Annual statistical returns and brief notes on vaccination in Bengal - 1887-1898
Year: 1887
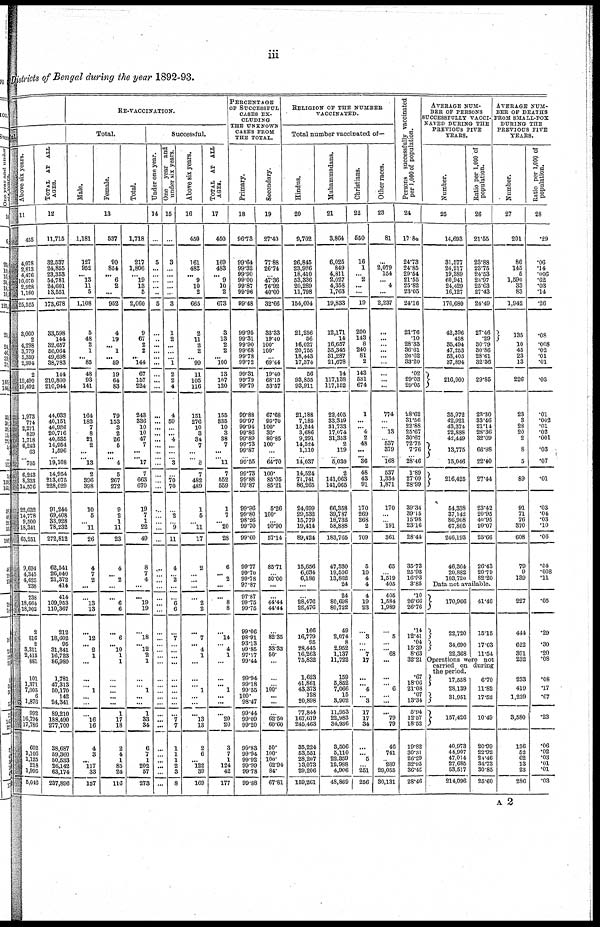
iii
Districts of Bengal during the year 1892-93.
ful.
Above six years.
11
455
4,078
2,813
4,476
10,070
2,928
1,160
25,525
3,060
2
4,298
3,779
5,359
2,994
2
19,490
19,492
1,973
774
2,271
829
1,718
6,243
63
... 705
6,243
8,333
14,576
22,632
14,778
9,500
18,341
65,251
9,694
4,345
4,625
238
238
18,664
18,902
2
816
2
3,311
2,415
881
101
1,371
7,005
6
1,876
992
16,794
17,786
602
1,106
1,125
218
1,995
5,046
TOTAL AT ALL
AGES.
12
11,715
32,537
24,855
23,353
54,781
24,601
13,551
173,678
33,598
144
32,657
56,064
49,698
38,783
144
210,800
210,944
44,033
40,151
46,936
20,716
40,535
14,954
1,596
... 19,108
14,954
213,075
228,029
91,244
69,408
33,928
78,232
272,812
62,541
26,040
21,372
414
414
109,953
110,367
212
18,602
95
31,341
16,723
86,980
1,781
47,313
50,170
142
24,341
89,210
188,490
277,700
38,687
59,360
50,533
26,142
63,174
237,896
RE-VACCINATION.
Total.
Male.
Female.
Total.
13
1,181
127
952
... 13
11
5
1,108
5
48
2
1
... 85
48
93
141
164
183
7
8
21
2
...
... 13
2
396
398
10
5
...
11
26
4
7
2
...
...
13
13
...
12
... 2
1
...
...
... 1
... ...
...
16
16
4
3
... 117
33
157
537
90
854
... 6
2
...
952
4
19
... 1
...
59
19
64
83
79
153
3
2
26
5
...
... 4
5
267
272
9
2
1
11
23
4
... 2
...
...
6
6
...
6
... 10
1
1
...
...
...
... ...
1
17
18
2
4
1
85
24
116
1,718
217
1,806
... 19
13
6
2,060
9
67
2
2
... 144
67
157
224
243
336
10
10
47
7
...
... 17
7
663
670
19
7
1
22
49
8
7
4
...
...
19
19
...
18
... 12
2
1
...
... 1
... ...
1
33
34
6
7
1
202
57
273
Successful.
Under one year.
14
...
5
...
...
...
... ...
5
...
...
...
... ...
...
...
...
...
...
...
...
...
...
...
...
... ...
...
... ...
...
...
...
...
...
...
...
...
...
...
...
...
...
...
...
...
...
...
...
...
...
... ...
...
...
...
...
...
... ...
...
...
One year and
under six years.
15
...
3
...
...
... ...
...
3
1
2
...
...
... 1
2
2
4
4
59
...
... 4
...
...
... 3
...
70
70
...
2
... 9
11
4
... 2
...
...
6
6
...
7
...
...
... ...
...
...
...
... ...
...
7
7
1
1
1
2
3
8
Above six years.
16
450
161
483
... 9
10
2
665
2
11
2
2
... 99
11
105
116
151
276
10
3
34
7
...
... 8
7
482
489
1
5
... 11
17
2
... ...
...
...
2
2
...
7
... 4
1
...
... ...
1
... ...
...
13
13
2
6
... 122
89
169
TOTAL AT ALL
AGES.
17
450
169
483
... 9
10
2
673
3
13
2
2
...
100
13
107
120
155
335
10
3
38
7
...
... 11
7
552
559
1
7
... 20
28
6
... 2
...
...
8
8
...
14
... 4
1
...
...
... 1
... ...
...
20
20
3
7
1
124
42
177
PERCENTAGE
OF SUCCESSFUL
CASES EX-
CLUDING
THE UNKNOWN
CASES FROM
THE TOTAL.
Primary.
18
96.73
99.64
99.82
99.90
99.00
99.87
99.96
99.48
99.95
99.31
99.90
99.68
99.78
99.72
99.31
99.79
99.79
99.88
99.97
99.94
99.86
99.89
99.73
99.87
... 99.55
99.73
99.88
99.87
99.86
99.80
98.26
99.70
99.60
99.77
99.70
99.78
97.87
97.87
99.75
99.75
99.06
98.91
93.13
99.85
97.17
99.44
99.94
99.18
99.55
100.
98.47
99.44
99.09
99.20
99.83
99.94
99.92
99.99
99.78
99.88
Secondary.
19
27.40
77.88
26.74
... 47.36
76.92
40.00
32.66
33.33
19.40
100.
100.
... 69.44
19.40
68.15
53.57
67.68
99.70
100.
30. 80.85
100.
...
... 64.70
100.
85.05
85.21
5.26
100.
... 90.90
57.14
85.71
... 50.00
...
...
44.44
44.44
...
82.35
... 33.33
50.
...
...
... 100.
... ...
...
62.50
60.60
50.
100.
100.
62.94
84.
67.81
RELIGION OF THE NUMBER
VACCINATED.
Total number vaccinated of—
Hindus.
20
9,702
26,846
23,926
18,410
53,336
20,289
11,798
154,604
21,256
56
16,027
20,755
18,443
17,374
56
93,855
93,911
21,188
7,185
15,244
3,686
9,291
14,524
1,110
... 14,037
14,524
71,741
86,265
24,699
29,532
15,779
19,414
89,424
15,656
6,634
6,186
...
...
28,476
28,476
166
16,779
95
28,445
16,263
75,882
1,623
41,861
43,373
128
20,898
77,844
167,619
245,463
35,224
53,551
28,207
13,073
29,206
159,261
Muhammadans.
21
3,864
6,026
849
4,811
2,027
4,358
1,763
19,833
12,171
14
16,657
35,345
31,287
21,678
14
117,188
117,152
22,405
33,319
31,733
17,074
31,353
2
119
... 5,030
2
141,063
141,065
66,358
89,787
18,732
58,888
183,765
47,330
19,506
13,862
24
24
80,698
80,722
49
2,074
8
2,952
1,137
11,722
159
5,862
7,066
15
3,902
11,953
22,983
34,936
3,506
5,110
22,359
12,988
4,906
48,869
Christians.
2-2
550
16
1
... 2
...
19
200
143
8
240
81
2
143
531
674
1
...
... 4
2
48
...
... 36
48
43
91
170
269
268
2
709
6
10
4
4
4
19
23
...
3
...
... 7
17
...
... 4
... 3
17
17
34
...
... 5
... 251
256
Other races.
23
81
...
2,079
154
... 4
2,237
...
...
...
...
...
...
...
...
...
774
... ... 13
... 537
379
... 168
537
1,334
1,871
170
...
... 191
361
65
... 1,519
405
405
1,584
1,989
...
5
...
... 68
...
...
6
... ...
...
79
79
46
741
... 289
29,055
30,131
P ersons successfully vaccinated
per 1,000 of population.
24
17.84
24.73
24.85
29.54
21.55
25.82
23.05
24.16
21.76
.10
28.33
36.61
26.62
33.20
.02
29.03
29.05
28.62
31.56
22.88
25.67
30.67
72.75
7.76
... 28.46
1.89
27.09
28.99
39.34
39.15
15.98
23.16
28.44
35.73
25.93
16.93
3.85
.10
26.66
26.76
.14
12.41
.04
15.39
8.63
32.21
.67
18.06
21.08
.07
13.34
5.94
12.57
18.52
19.82
30.31
26.29
32.95
36.45
28.46
AVERAGE NUM-
BER OF PERSONS
SUCCESSFULLY VACCI
NATED DURING THE
PREVIOUS FIVE
YEARS.
Number.
25
14,693
31,577
24,217
19,389
60,941
24,429
16,127
176,680
42,396
458
35,494
47,253
53,405
37,894
216,900
35,972
42,921
43,374
22,888
42,449
13,775
15,046
216,425
54,338
37,142
86,908
67,805
246,193
46,364
20,882
103,720
Ratio per 1,000 of
population.
26
21.55
23.88
23.75
24.53
23.97
25.63
27.43
24.49
27.46
.29
30.79
30.86
28.61
32.36
29.85
23.30
33.46
21.14
28.36
32.09
66.98
22.40
27.44
23.42
20.95
40.95
20.07
25.66
26.43
20.79
82.20
Data not available.
170,966
22,720
34,690
22,368
41.46
15.15
17.03
11.54
Operations were not
carried on during
the period.
17,558
28,139
31,951
157,426
40,973
44,907
47,014
27,685
53,517
214,096
6.70
11.82
17.52
10.49
20.99
22.92
24.46
34.73
30.85
25.60
AVERAGE NUM-
BER OF DEATHS
FROM SMALL-POX
DURING THE
PREVIOUS FIVE
YEARS.
Number.
27
201
86
145
5
1,590
33
83
1,942
135
10
45
23
13
226
23
3
28
20
2
8
5
89
91
71
76
370
608
79
9
139
227
444
622
391
232
233
419
1,239
3,580
136
52
62
13
23
286
Ratio per 1,000 of
population.
28
.29
.06
.14
.006
.62
.03
.14
.26
.08
.008
.02
.01
.01
.03
.01
.002
.01
.02
.001
.03
.07
.01
.03
.04
.03
.10
.06
.04
.008
.11
.05
.29
.30
.20
.08
.08
.17
.67
.23
.06
.02
.03
.01
.01
.03
A 2